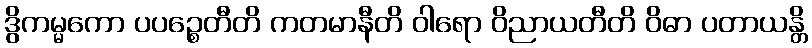
ဒွိကမ္မကော ပပဉ္စေတီတိ ကတမာနီတိ ဝါရော ဝိညာယတီတိ ဝိဓာ ပတာယန္တိ